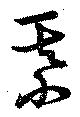
綨